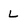
Character: L